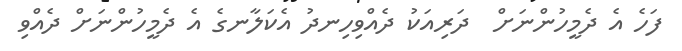
ފަހެ އެ ދެމީހުންނަށް  ދަރިއަކު ދެއްވިހިނދު އެކަލާނގެ އެ ދެމީހުންނަށް ދެއްވި